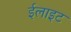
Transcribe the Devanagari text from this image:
ईलाइट